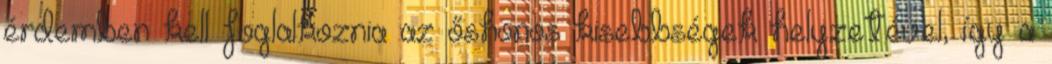
érdemben kell foglalkoznia az őshonos kisebbségek helyzetével, így a